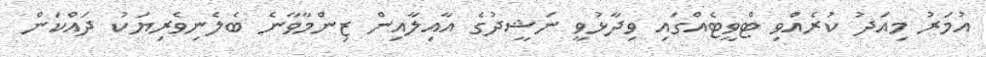
އުމަރު މިއަދު ކުރެއްވި ޓްވީޓެއްގައި ވިދާޅުވީ ނަޝީދުގެ އާއިލާއިން ޒިންމާވާނެ ބެލެނިވެރިޔަކު ދައްކަން